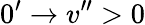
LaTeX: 0^{\prime}\rightarrow v^{\prime\prime}>0